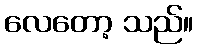
လေတော့ သည်။